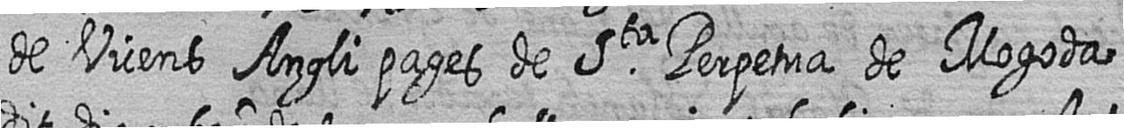
de Vicens Angli pages de Sta Perpetua de Mogoda